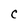
Character: C